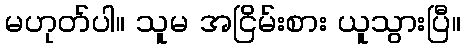
မဟုတ်ပါ။ သူမ အငြိမ်းစား ယူသွားပြီ။